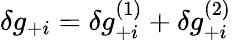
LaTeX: \delta g_{+i}=\delta g_{+i}^{(1)}+\delta g_{+i}^{(2)}